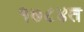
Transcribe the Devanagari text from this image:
१७८४त